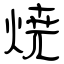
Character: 焼